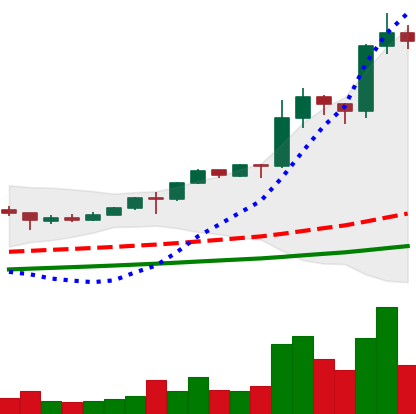
Ticker: LINK-USD
Chart end date: 2020-08-14
Forward return: -4.056%
Label: down_3_5